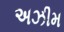
અઝીમ